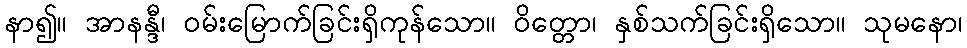
နာ၍။ အာနန္ဒီ၊ ဝမ်းမြောက်ခြင်းရှိကုန်သော။ ဝိတ္တော၊ နှစ်သက်ခြင်းရှိသော။ သုမနော၊